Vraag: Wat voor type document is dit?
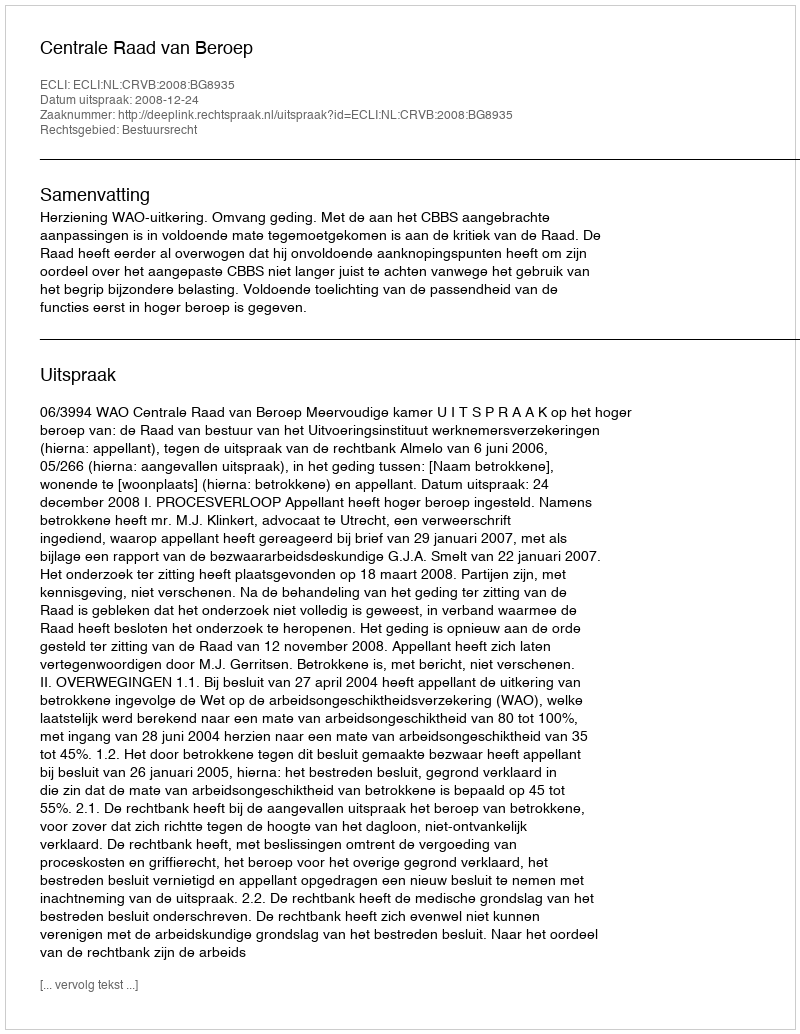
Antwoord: Uitspraak